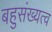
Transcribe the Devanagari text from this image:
बहुसंख्यत्व